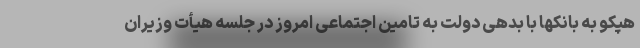
هپکو به بانکها با بدهی دولت به تامین اجتماعی امروز در جلسه هیأت وزیران